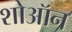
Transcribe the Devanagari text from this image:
शोऑन